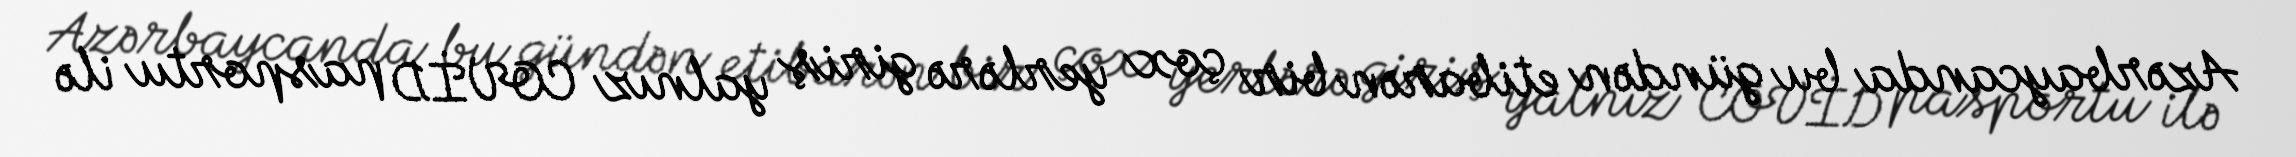
Azərbaycanda bu gündən etibarən bir çox yerlərə giriş yalnız COVİD pasportu ilə